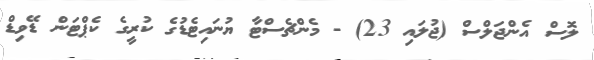
ލޮސް އެންޖަލްސް (ޖުލައި 23) - މެންޗެސްޓާ ޔުނައިޓެޑުގެ ކުރީގެ ކެޕްޓަން ޑޭވިޑް